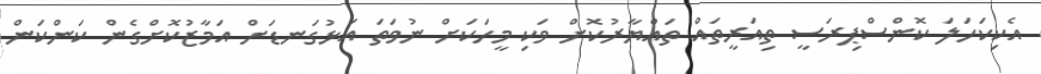
އެކިކަހަލަ ކޮންސްޕިރަސީ ތިއަރީތައް ތައްޔާރުކޮށް ވަކި މީހަކަށް ނުވަތަ އަޅުގަނޑަށް އަމާޒުކޮށްގެން ކަންކަން